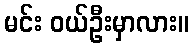
မင်း ဝယ်ဦးမှာလား။